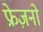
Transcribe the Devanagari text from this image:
फ्रेज़नो